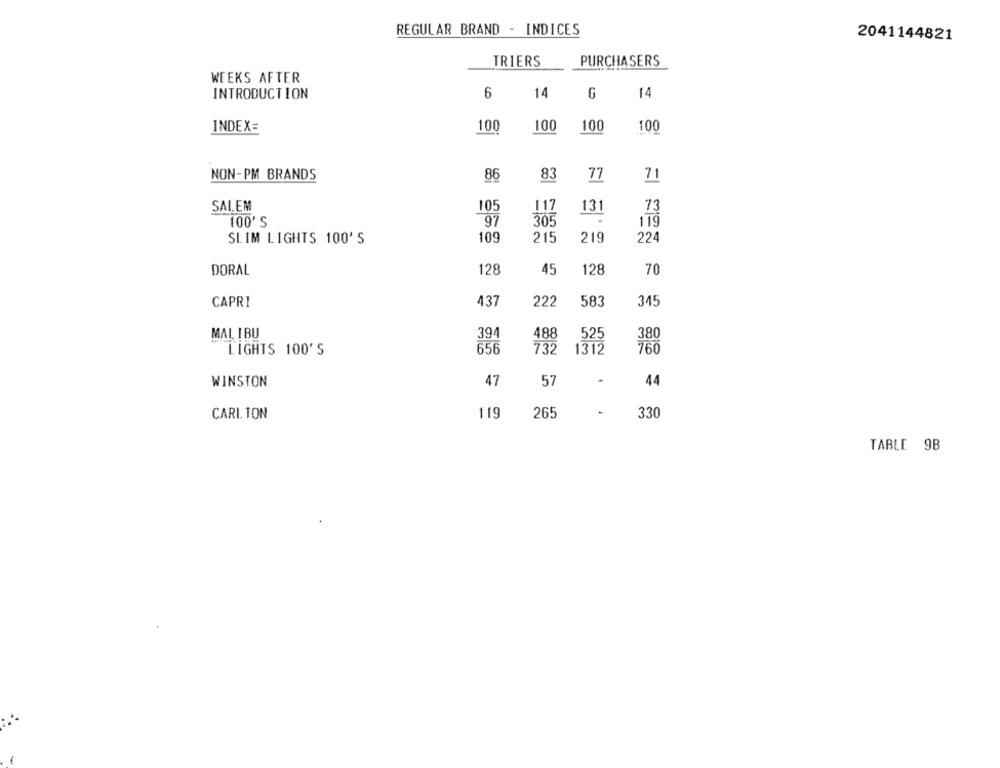
REGULAR BRAND - INDICES
2041144821
TRIERS
PURCHASERS
WEEKS AFTER
INTRODUCTION
6
14
G
14
INDEX=
100
100
100
100
NON-PM BRANDS
86
83
77
71
SALEM
105
117
131
73
100'S
97
305
119
10
215
219
224
SLIM LIGHTS 100'S
128
128
70
DORAL
45
CAPRI
437
222
583
345
MAL IBU
394
488
525
380
LIGHTS 100'S
650
732
1312
760
WINSTON
47
57
44
CARI TON
119
265
-
330
TABLE 9B